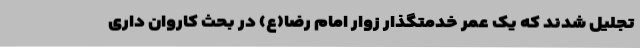
تجلیل شدند که یک عمر خدمتگذار زوار امام رضا(ع) در بحث کاروان داری